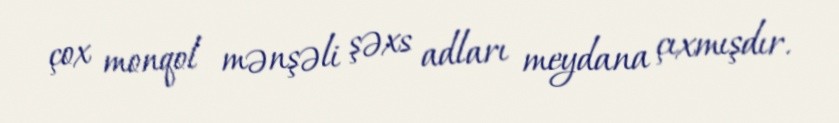
çox monqol mənşəli şəxs adları meydana çıxmışdır.